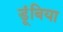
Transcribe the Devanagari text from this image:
डूंबिया